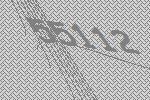
55112